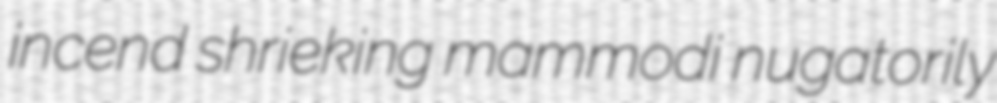
incend shrieking mammodi nugatorily